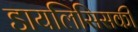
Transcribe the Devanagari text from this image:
डायलिसिसकी